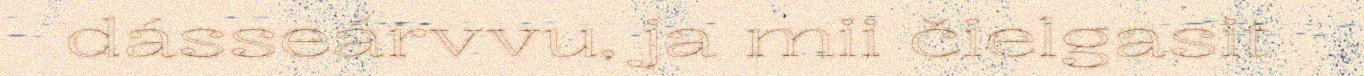
dásseárvvu, ja mii čielgasit